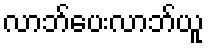
လာဘ်ပေးလာဘ်ယူ